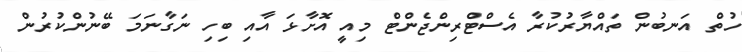
ހުތް އަނބުން ތައްޔާރުކުރާ އެސްޓްރިންޖެންޓް މިއީ އޮށާޅަ އާއި ބިހި ނަގާނަމަ ބޭނުންކުރުން